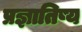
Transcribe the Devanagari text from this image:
प्रज्ञातिष्य